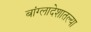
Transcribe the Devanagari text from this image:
बांग्लादेशातल्या